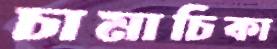
চামাচিকা